Annual administration report of the Civil Veterinary Department of India - 1895-1896
Year: 1895
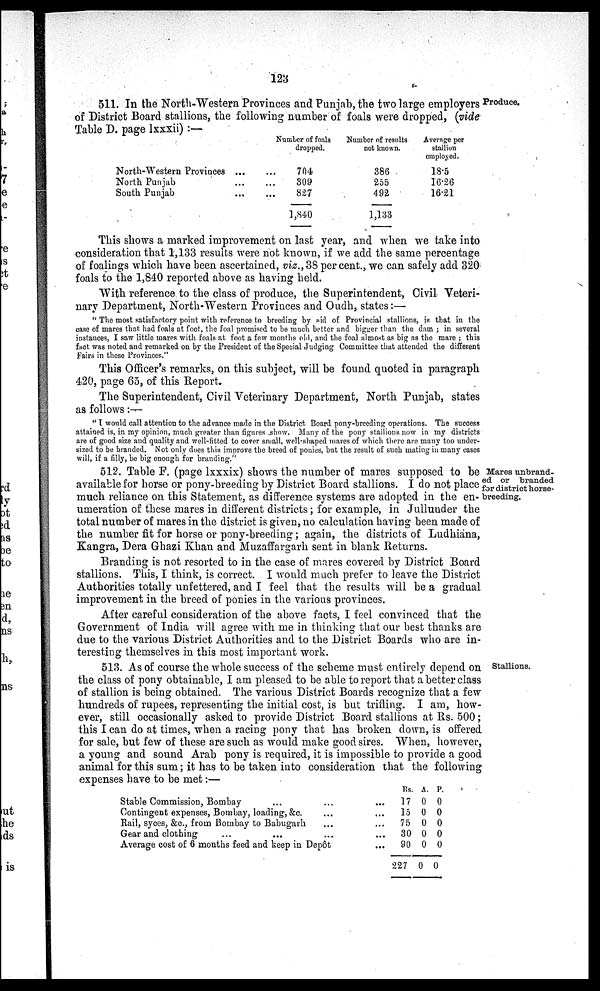
123
511. In the North-Western Provinces and Punjab, the two large employers Produce,
of District Board stallions, the following number of foals were dropped, (vide
Table D. page lxxxii):—
North-Western Provinces ... ...
North Punjab
...
...
South Punjab
...
...
Number of foals
dropped
704
309
827
1,840
Number of results
not known.
386
255
492
1,133
Average per
stallion
employed.
18.5
16.26
16.21
This shows a marked improvement on last year, and when we take into
consideration that 1,133 results were not known, if we add the same percentage
of foalings which have been ascertained, viz.,38 per cent., we can safely add 320
foals to the 1,840 reported above as having held.
With reference to the class of produce, the Superintendent, Civil Veteri-
nary Department, North-Western Provinces and Oudh, states:—
" The most satisfactory point with reference to breeding by aid of Provincial stallions, is that in the
case of mares that had foals at foot, the foal promised to be much better and bigger than the dam; in several
instances, I saw little mares with foals at foot a few months old, and the foal almost as big as the mare; this
fact was noted and remarked on by the President of the Special Judging Committee that attended the different
Fairs in these Provinces."
This Officer's remarks, on this subject, will be found quoted in paragraph
420, page 65, of this Report.
The Superintendent, Civil Veterinary Department, North Punjab, states
as follows :—
"I would call attention to the advance made in the District Board pony-breeding operations. The success
attained is, in my opinion, much greater than figures show. Many of the pony stallions now in my districts
are of good size and quality and well-fitted to cover small, well-shaped mares of which there are many too under-
sized to be branded. Not only does this improve the breed of ponies, but the result of such mating in many cases
will, if a filly, be big enough for branding."
Mares unbrand-
ed or
branded
for district horse-
breeding.
512. Table F. (page lxxxix) shows the number of mares supposed to be
available for horse or pony-breeding by District Board stallions. I do not place
much reliance on this Statement, as difference systems are adopted in the en-
umeration of these mares in different districts; for example, in Jullunder the
total number of mares in the district is given, no calculation having been made of
the number fit for horse or pony-breeding; again, the districts of Ludhiana,
Kangra, Dera Ghazi Khan and Muzaffargarh sent in blank Returns.
Branding is not resorted to in the case of mares covered by District Board
stallions. This, I think, is correct. I would much prefer to leave the District
Authorities totally unfettered, and I feel that the results will be a gradual
improvement in the breed of ponies in the various provinces.
After careful consideration of the above facts, I feel convinced that the
Government of India will agree with me in thinking that our best thanks are
due to the various District Authorities and to the District Boards who are in-
teresting themselves in this most important work.
Stallions.
513. As of course the whole success of the scheme must entirely depend on
the class of pony obtainable, I am pleased to be able to report that a better class
of stallion is being obtained. The various District Boards recognize that a few
hundreds of rupees, representing the initial cost, is but trifling. I am, how-
ever, still occasionally asked to provide District Board stallions at Rs. 500;
this I can do at times, when a racing pony that has broken down, is offered
for sale, but few of these are such as would make good sires. When, however,
a young and sound Arab pony is required, it is impossible to provide a good
animal for this sum; it has to be taken into consideration that the following
expenses have to be met:—
Stable Commission, Bombay
...
...
...
Contingent expenses, Bombay, loading,&c.
...
...
Kail, syces, &c., from Bombay to Babugarh ...
...
Gear and clothing
...
...
... ...
Average cost of 6 months feed and keep in Depôt
...
Rs.
17
15
75
30
90
227
A.
0
0
0
0
0
0
P.
0
0
0
0
0
0